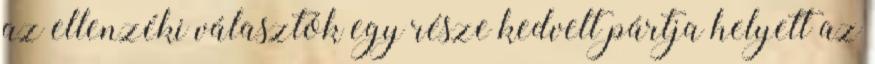
az ellenzéki választók egy része kedvelt pártja helyett az